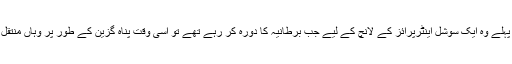
30 سال پہلے وہ ایک سوشل اینٹرپرائز کے لانچ کے لیے جب برطانیہ کا دورہ کر رہے تھے تو اسی وقت پناہ گزین کے طور پر وہاں منتقل ہو گئے۔